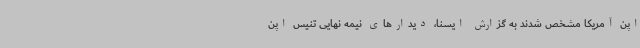
اپن آمریکا مشخص شدند به گزارش ایسنا، دیدارهای نیمه نهایی تنیس اپن